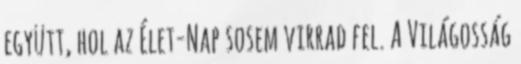
együtt, hol az Élet-Nap sosem virrad fel. A Világosság